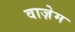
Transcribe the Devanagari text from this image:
वाज़ेम